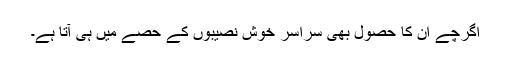
اگرچے ان کا حصول بھی سراسر خوش نصیبوں کے حصے میں ہی آتا ہے۔